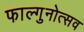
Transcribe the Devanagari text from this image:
फाल्गुनोत्सव